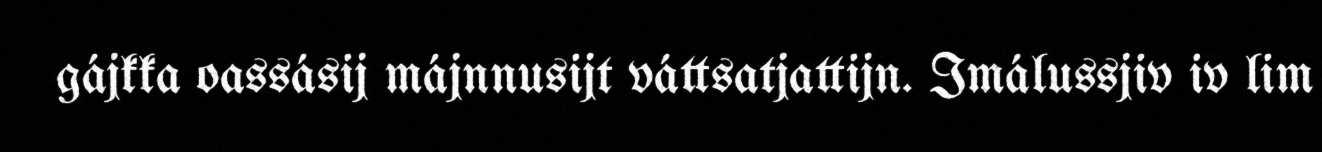
gájkka oassásij májnnusijt váttsatjattijn. Imálussjiv iv lim